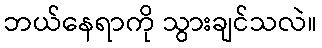
ဘယ်နေရာကို သွားချင်သလဲ။